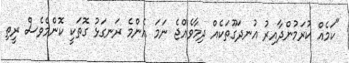
"ކަމެއް ކުރަމުންދާއިރު އުނދަގޫތަކެއް ދިމާވެއްޖެ ނަމަ އެންމެ ރަނގަޅު ގޮތަކީ ކޮންމެވެސް ރީތި